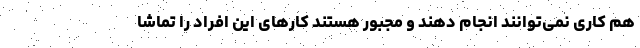
هم کاری نمی‌توانند انجام دهند و مجبور هستند کارهای این افراد را تماشا